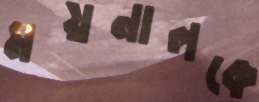
ময়নালকে